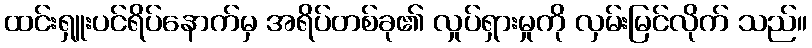
ထင်းရှူးပင်ရိပ်နောက်မှ အရိပ်တစ်ခု၏ လှုပ်ရှားမှုကို လှမ်းမြင်လိုက် သည်။